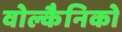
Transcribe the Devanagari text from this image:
वोल्कैनिको